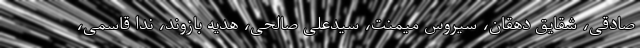
صادقی، شقایق دهقان، سیروس میمنت، سیدعلی صالحی، هدیه بازوند، ندا قاسمی،